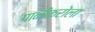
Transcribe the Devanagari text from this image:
पानीकरोला